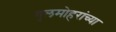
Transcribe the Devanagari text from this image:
गुलमोहरांच्या